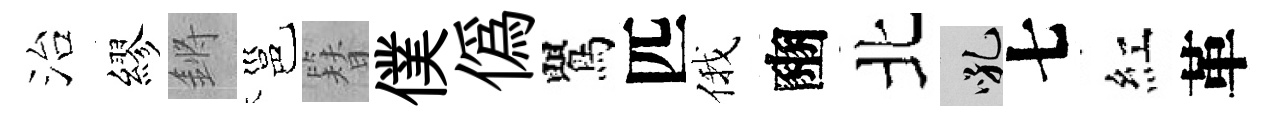
治繆鏘邕簪僕偽鸎匹俄豳北吼七紅革